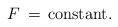
LaTeX: \begin{align*}F \, =\, {\rm constant}.\end{align*}